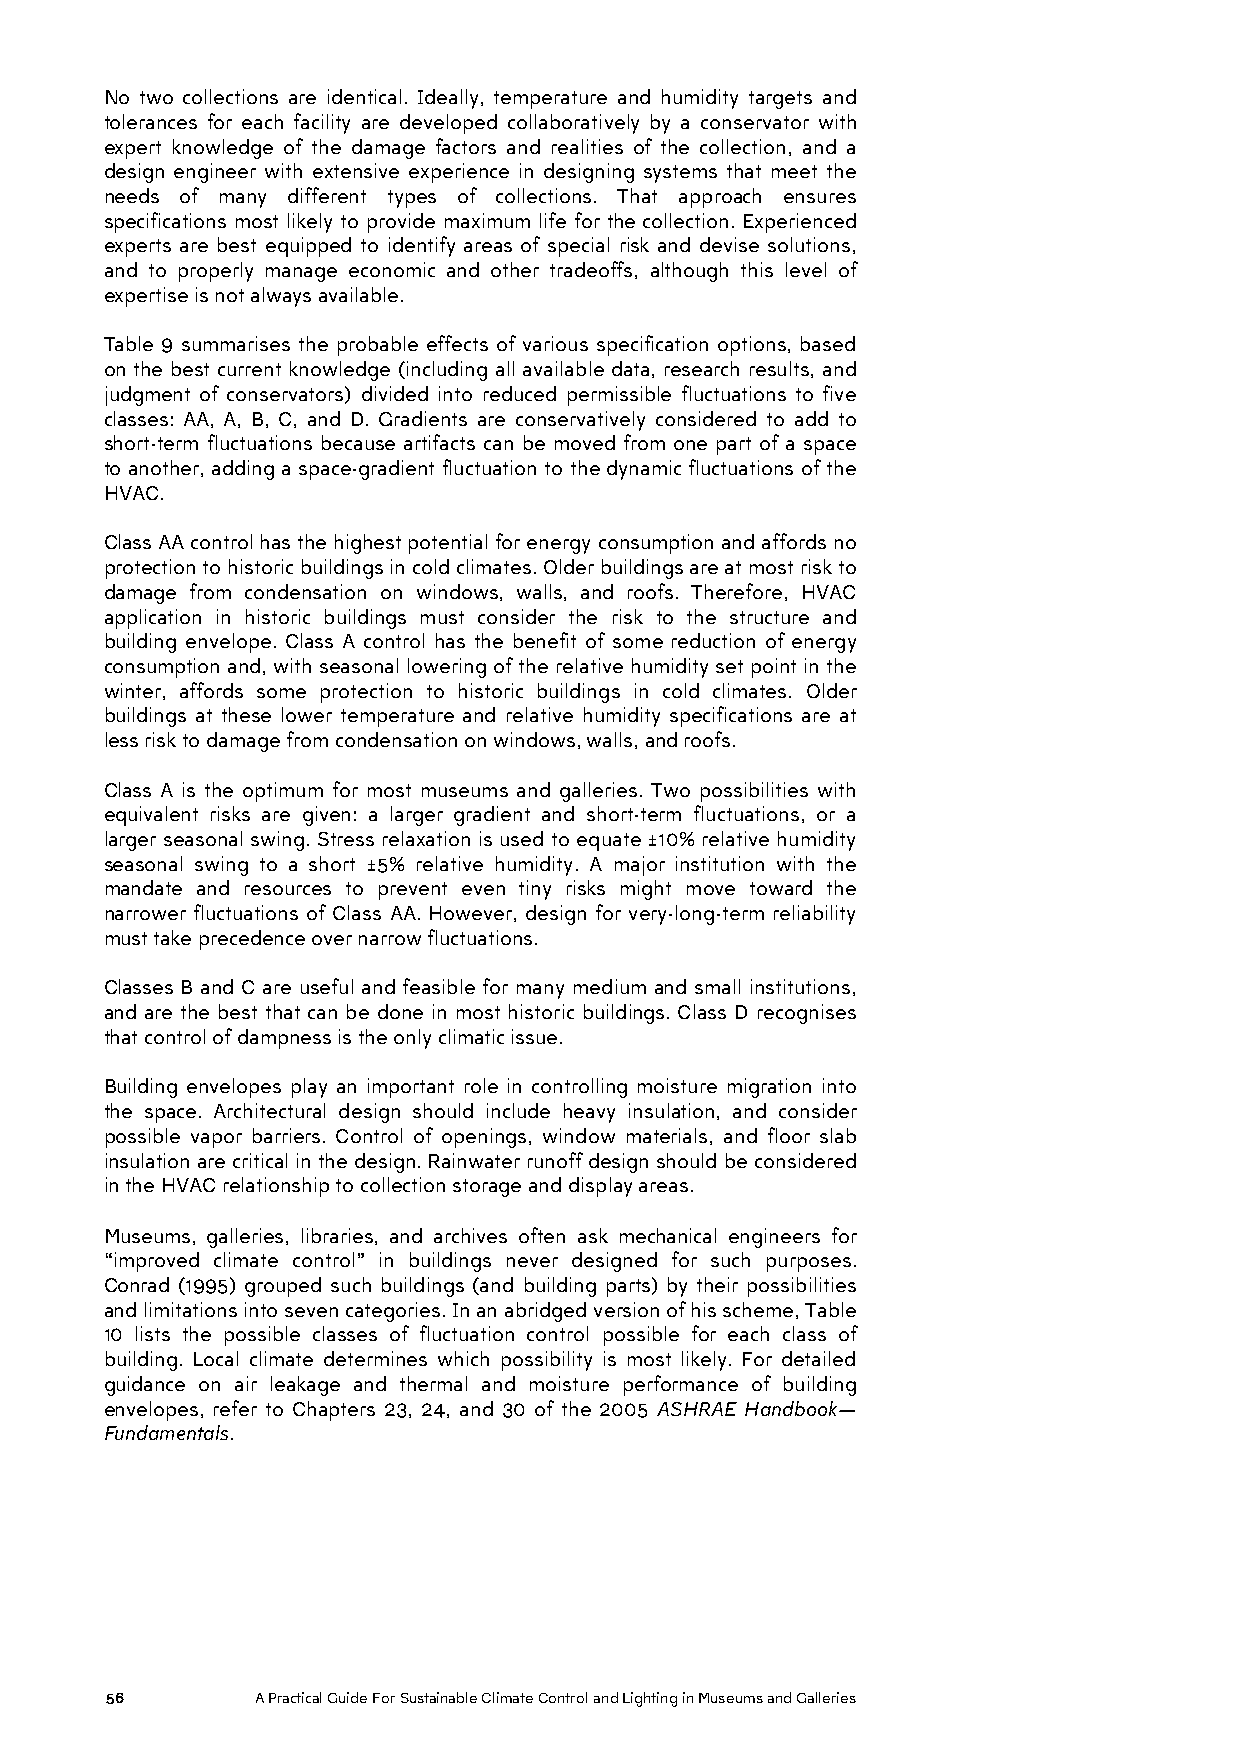
No two collections are identical. Ideally, temperature and humidity targets and
 tolerances for each facility are developed collaboratively by a conservator with
 expert knowledge of the damage factors and realities of the collection, and a
 design engineer with extensive experience in designing systems that meet the
 needs of many different types of collections. That approach ensures
 specifications most likely to provide maximum life for the collection. Experienced
 experts are best equipped to identify areas of special risk and devise solutions,
 and to properly manage economic and other tradeoffs, although this level of
 expertise is not always available.
 Table 9 summarises the probable effects of various specification options, based
 on the best current knowledge (including all available data, research results, and
 judgment of conservators) divided into reduced permissible fluctuations to five
 classes: AA, A, B, C, and D. Gradients are conservatively considered to add to
 short-term fluctuations because artifacts can be moved from one part of a space
 to another, adding a space-gradient fluctuation to the dynamic fluctuations of the
 HVAC.
 Class AA control has the highest potential for energy consumption and affords no
 protection to historic buildings in cold climates. Older buildings are at most risk to
 damage from condensation on windows, walls, and roofs. Therefore, HVAC
 application in historic buildings must consider the risk to the structure and
 building envelope. Class A control has the benefit of some reduction of energy
 consumption and, with seasonal lowering of the relative humidity set point in the
 winter, affords some protection to historic buildings in cold climates. Older
 buildings at these lower temperature and relative humidity specifications are at
 less risk to damage from condensation on windows, walls, and roofs.
 Class A is the optimum for most museums and galleries. Two possibilities with
 equivalent risks are given: a larger gradient and short-term fluctuations, or a
 larger seasonal swing. Stress relaxation is used to equate ±10% relative humidity
 seasonal swing to a short ±5% relative humidity. A major institution with the
 mandate and resources to prevent even tiny risks might move toward the
 narrower fluctuations of Class AA. However, design for very-long-term reliability
 must take precedence over narrow fluctuations.
 Classes B and C are useful and feasible for many medium and small institutions,
 and are the best that can be done in most historic buildings. Class D recognises
 that control of dampness is the only climatic issue.
 Building envelopes play an important role in controlling moisture migration into
 the space. Architectural design should include heavy insulation, and consider
 possible vapor barriers. Control of openings, window materials, and floor slab
 insulation are critical in the design. Rainwater runoff design should be considered
 in the HVAC relationship to collection storage and display areas.
 Museums, galleries, libraries, and archives often ask mechanical engineers for
 “improved climate control” in buildings never designed for such purposes.
 Conrad (1995) grouped such buildings (and building parts) by their possibilities
 and limitations into seven categories. In an abridged version of his scheme, Table
 10 lists the possible classes of fluctuation control possible for each class of
 building. Local climate determines which possibility is most likely. For detailed
 guidance on air leakage and thermal and moisture performance of building
 envelopes, refer to Chapters 23, 24, and 30 of the 2005 ASHRAE Handbook—
 Fundamentals.
 56        A Practical Guide For Sustainable Climate Control and Lighting in Museums and Galleries